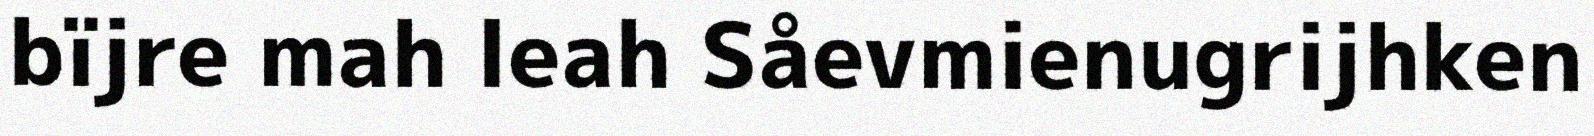
bïjre mah leah Såevmienugrijhken